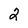
Character: 2